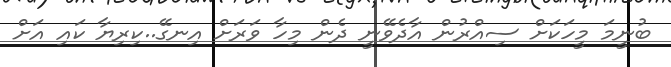
ބުނީމަ މީހަކަށް ސިއްރުން އާދެވޭނީ ދެން މިހާ ވަރަށް އިނގޭ..ކިރިޔާ ކައި އަށް